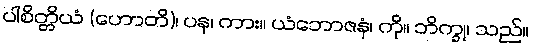
ပါစိတ္တိယံ (ဟောတိ)၊ ပန၊ ကား။ ယံဘောဇနံ၊ ကို။ ဘိက္ခု၊ သည်။